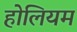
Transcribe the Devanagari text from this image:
होलियम